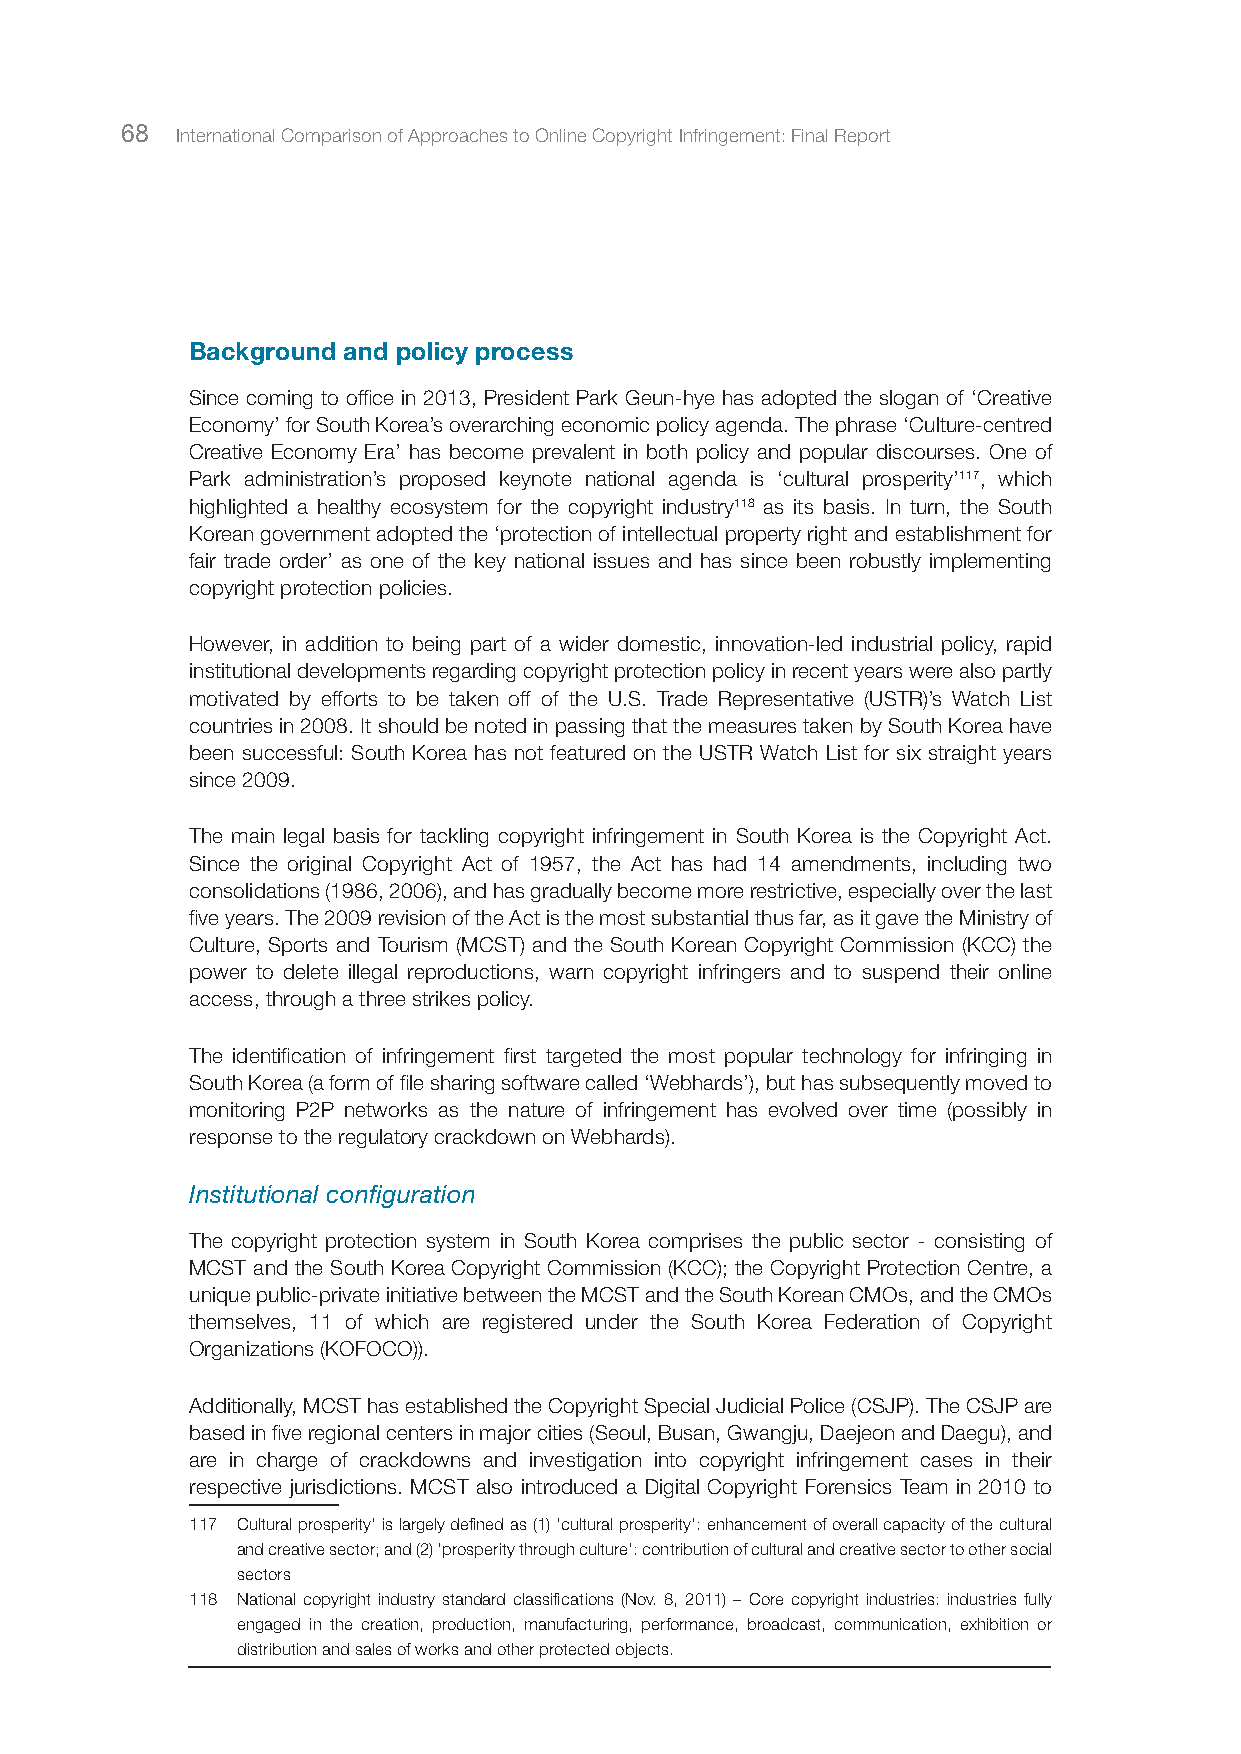
68  International Comparison of Approaches to Online Copyright Infringement: Final Report
 Background and policy process
 Since coming to office in 2013, President Park Geun-hye has adopted the slogan of ‘Creative
 Economy’ for South Korea’s overarching economic policy agenda. The phrase ‘Culture-centred
 Creative Economy Era’ has become prevalent in both policy and popular discourses. One of
 Park administration’s proposed keynote national agenda is ‘cultural prosperity’117, which
 highlighted a healthy ecosystem for the copyright industry118 as its basis. In turn, the South
 Korean government adopted the ‘protection of intellectual property right and establishment for
 fair trade order’ as one of the key national issues and has since been robustly implementing
 copyright protection policies.
 However, in addition to being part of a wider domestic, innovation-led industrial policy, rapid
 institutional developments regarding copyright protection policy in recent years were also partly
 motivated by efforts to be taken off of the U.S. Trade Representative (USTR)’s Watch List
 countries in 2008. It should be noted in passing that the measures taken by South Korea have
 been successful: South Korea has not featured on the USTR Watch List for six straight years
 since 2009.
 The main legal basis for tackling copyright infringement in South Korea is the Copyright Act.
 Since the original Copyright Act of 1957, the Act has had 14 amendments, including two
 consolidations (1986, 2006), and has gradually become more restrictive, especially over the last
 five years. The 2009 revision of the Act is the most substantial thus far, as it gave the Ministry of
 Culture, Sports and Tourism (MCST) and the South Korean Copyright Commission (KCC) the
 power to delete illegal reproductions, warn copyright infringers and to suspend their online
 access, through a three strikes policy.
 The identification of infringement first targeted the most popular technology for infringing in
 South Korea (a form of file sharing software called ‘Webhards’), but has subsequently moved to
 monitoring P2P networks as the nature of infringement has evolved over time (possibly in
 response to the regulatory crackdown on Webhards).
 Institutional configuration
 The copyright protection system in South Korea comprises the public sector - consisting of
 MCST and the South Korea Copyright Commission (KCC); the Copyright Protection Centre, a
 unique public-private initiative between the MCST and the South Korean CMOs, and the CMOs
 themselves, 11 of which are registered under the South Korea Federation of Copyright
 Organizations (KOFOCO)).
 Additionally, MCST has established the Copyright Special Judicial Police (CSJP). The CSJP are
 based in five regional centers in major cities (Seoul, Busan, Gwangju, Daejeon and Daegu), and
 are in charge of crackdowns and investigation into copyright infringement cases in their
 respective jurisdictions. MCST also introduced a Digital Copyright Forensics Team in 2010 to
 117 Cultural prosperity’ is largely defined as (1) ‘cultural prosperity’: enhancement of overall capacity of the cultural
 and creative sector; and (2) ‘prosperity through culture’: contribution of cultural and creative sector to other social
 sectors
 118 National copyright industry standard classifications (Nov. 8, 2011) – Core copyright industries: industries fully
 engaged in the creation, production, manufacturing, performance, broadcast, communication, exhibition or
 distribution and sales of works and other protected objects.